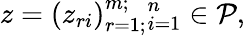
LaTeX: z=(z_{ri})_{r=1;}^{m;}{}_{i=1}^{n}\in{\cal P},